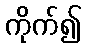
ကိုက်၍